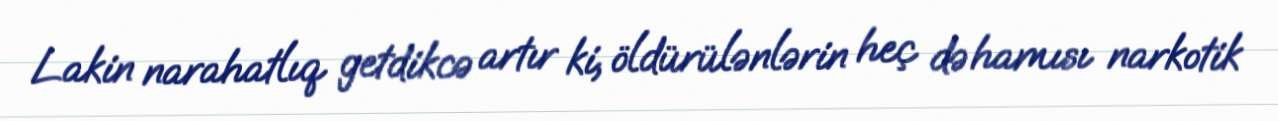
Lakin narahatlıq getdikcə artır ki, öldürülənlərin heç də hamısı narkotik